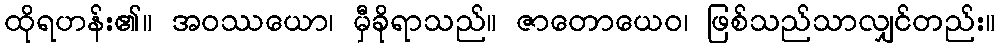
ထိုရဟန်း၏။ အဝဿယော၊ မှီခိုရာသည်။ ဇာတောယေဝ၊ ဖြစ်သည်သာလျှင်တည်း။